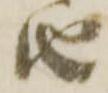
由